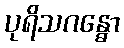
ပုရိသဂန္ဓော